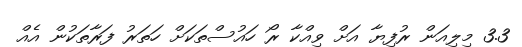
3.3 މިލިއަން ރުފިޔާ އަށް ވިއްކާ ރޯ ހައުސްތަކަށް ހަތަރު ފަރާތަކުން އެއް